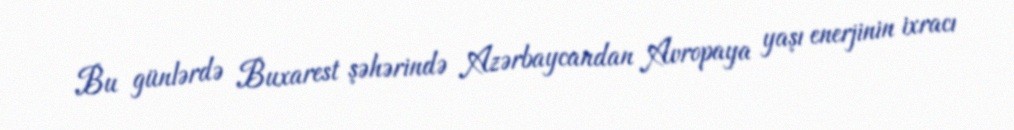
Bu günlərdə Buxarest şəhərində Azərbaycandan Avropaya yaşı enerjinin ixracı